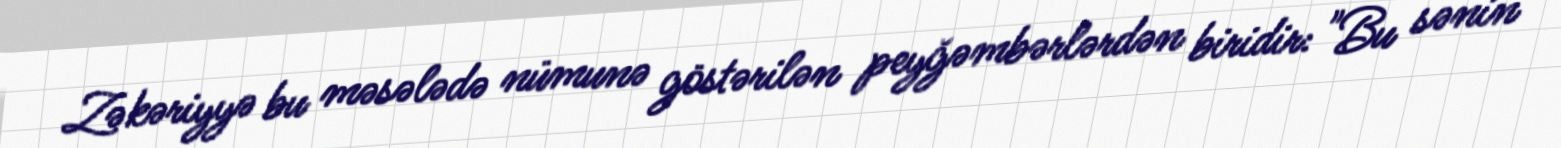
Zəkəriyyə bu məsələdə nümunə göstərilən peyğəmbərlərdən biridir: "Bu sənin